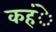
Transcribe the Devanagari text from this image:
कहंे